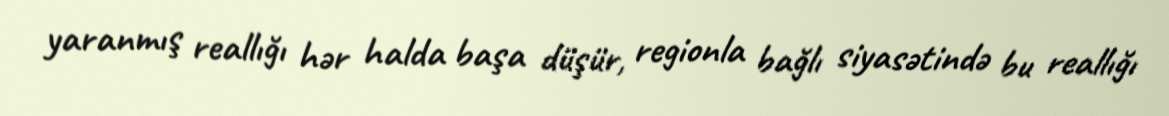
yaranmış reallığı hər halda başa düşür, regionla bağlı siyasətində bu reallığı